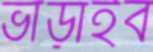
ভাঁড়াইব